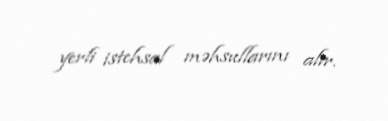
yerli istehsal məhsullarını alır.